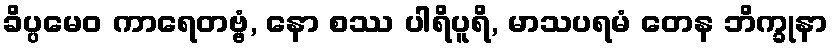
ခိပ္ပမေဝ ကာရေတဗ္ဗံ, နော စဿ ပါရိပူရိ, မာသပရမံ တေန ဘိက္ခုနာ